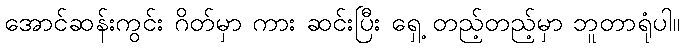
အောင်ဆန်းကွင်း ဂိတ်မှာ ကား ဆင်းပြီး ရှေ့ တည့်တည့်မှာ ဘူတာရုံပါ။